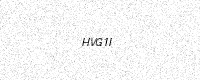
Text: HVG1I